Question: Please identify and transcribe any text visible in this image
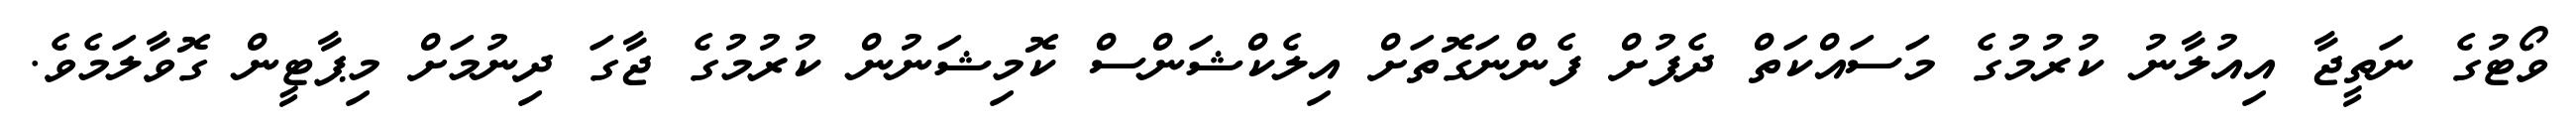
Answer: ވޯޓުގެ ނަތީޖާ އިއުލާނު ކުރުމުގެ މަސައްކަތް ދެފުށް ފެންނަގޮތަށް އިލެކްޝަންސް ކޮމިޝަނުން ކުރުމުގެ ޖާގަ ދިނުމަށް މިޕާޓީން ގޮވާލަމެވެ.